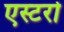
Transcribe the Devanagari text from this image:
एस्टरो